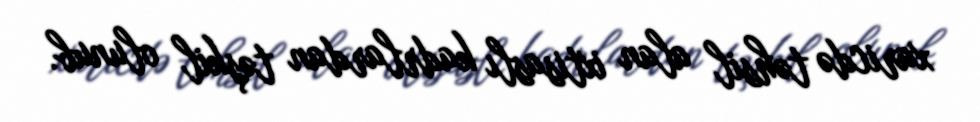
xaricdə təhsil alan ixtisaslı kadrlardan təşkil olunub.